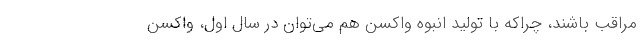
مراقب ‌باشند، چراکه با تولید انبوه واکسن هم می‌توان در سال اول، واکسن